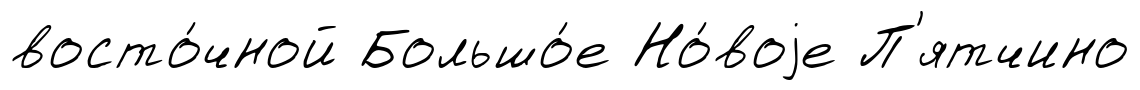
восто́чной Большо́е Но́воjе П'ятчино